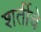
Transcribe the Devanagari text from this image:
शर्तीचे